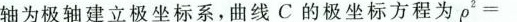
轴为极轴建立极坐标系，曲线C的极坐标方程为ρ^{2}=